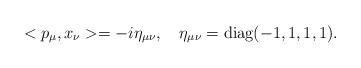
\begin{align*} <p_\mu, x_\nu> = -i \eta_{\mu\nu}, \quad \eta_{\mu\nu} = \mbox{diag}(-1,1,1,1).\end{align*}